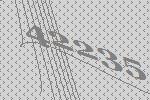
42235